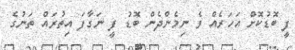
ފީ ބޮޑުކޮށް އަހަރެއް ވެ ނިމެންދެން ބޮޑު ފީ ނަގާފަ އިތުރައް ތަނުގެ